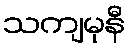
သကျမုနီ